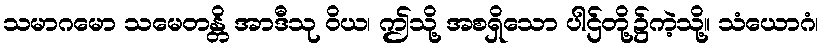
သမာဂမော သမေတန္တိ အာဒီသု ဝိယ၊ ဤသို့ အစရှိသော ပါဌ်တို့၌ကဲ့သို့။ သံယောဂံ၊